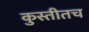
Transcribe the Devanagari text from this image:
कुस्तीतच